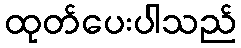
ထုတ်ပေးပါသည်